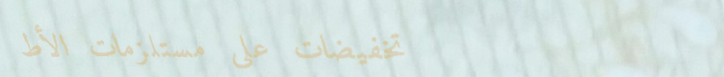
تخفيضات على مستلزمات الأط